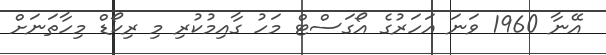
އޭނާ 1960 ވަނަ އަހަރުގެ އޯގަސްޓް މަހު ގާއިމުކުރި މި ރިކޯޑް މިހާތަނަށް